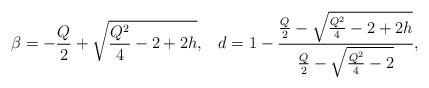
LaTeX: \begin{align*}\beta = -\frac{Q}{2} +\sqrt{\frac{Q^{2}}{4} -2+2h},\,\,\,\,\,d = 1 - \frac{\frac{Q}{2} -\sqrt{ \frac{Q^{2}}{4}-2+2h}}{\frac{Q}{2} - \sqrt{\frac{Q^{2}}{4} -2}},\end{align*}